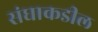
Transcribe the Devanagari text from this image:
संघाकडील